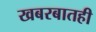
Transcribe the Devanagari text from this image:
खबरबातही